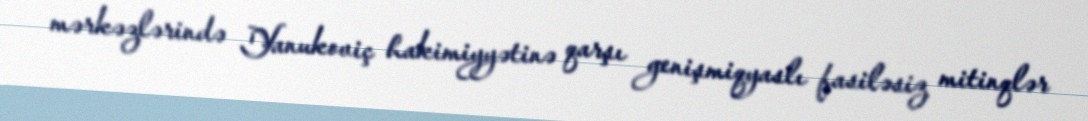
mərkəzlərində Yanukoviç hakimiyyətinə qarşı genişmiqyaslı fasiləsiz mitinqlər